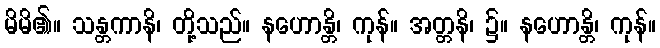
မိမိ၏။ သန္တကာနိ၊ တို့သည်။ နဟောန္တိ၊ ကုန်။ အတ္တနိ၊ ၌။ နဟောန္တိ၊ ကုန်။